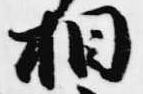
相